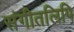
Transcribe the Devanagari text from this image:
संगीतलिपि